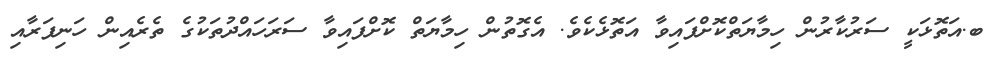
ބ.އަތޮޅަކީ ސަރުކާރުން ހިމާޔަތްކޮށްފައިވާ އަތޮޅެކެވެ. އެގޮތުން ހިމާޔަތް ކޮށްފައިވާ ސަރަހައްދުތަކުގެ ތެރެއިން ހަނިފަރާއި